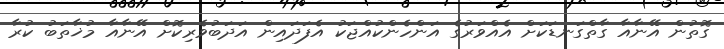
ގޮތުން އޭނާއާ ގާތްގަނޑަކަށް އެއްވަރުގެ އަންހެންކުއްޖަކު އެފަދައިން އަދަބުވެރިކޮށް އޭނާއާ މުޚާތަބު ކުރާ